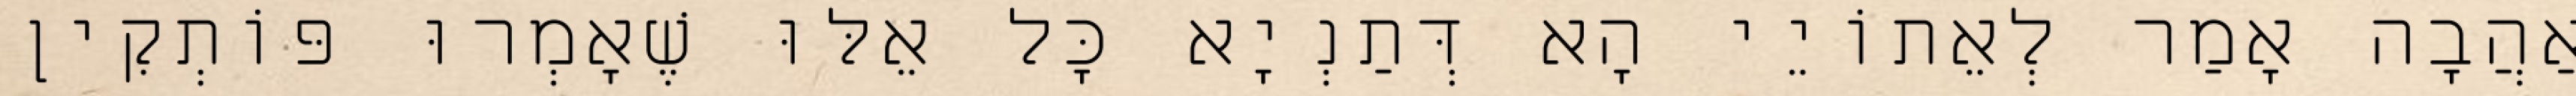
אַהֲבָה אָמַר לְאֵתוֹיֵי הָא דְּתַנְיָא כׇּל אֵלּוּ שֶׁאָמְרוּ פּוֹתְקִין